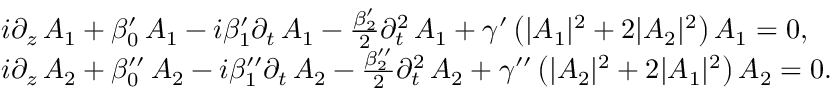
\begin{array} { r l } & { i \partial _ { z } \, A _ { 1 } + \beta _ { 0 } ^ { \prime } \, A _ { 1 } - i \beta _ { 1 } ^ { \prime } \partial _ { t } \, A _ { 1 } - \frac { \beta _ { 2 } ^ { \prime } } { 2 } \partial _ { t } ^ { 2 } \, A _ { 1 } + \gamma ^ { \prime } \left( | A _ { 1 } | ^ { 2 } + 2 | A _ { 2 } | ^ { 2 } \right) A _ { 1 } = 0 , } \\ & { i \partial _ { z } \, A _ { 2 } + \beta _ { 0 } ^ { \prime \prime } \, A _ { 2 } - i \beta _ { 1 } ^ { \prime \prime } \partial _ { t } \, A _ { 2 } - \frac { \beta _ { 2 } ^ { \prime \prime } } { 2 } \partial _ { t } ^ { 2 } \, A _ { 2 } + \gamma ^ { \prime \prime } \left( | A _ { 2 } | ^ { 2 } + 2 | A _ { 1 } | ^ { 2 } \right) A _ { 2 } = 0 . } \end{array}